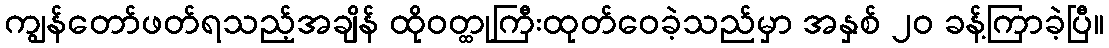
ကျွန်တော်ဖတ်ရသည့်အချိန် ထိုဝတ္ထုကြီးထုတ်ဝေခဲ့သည်မှာ အနှစ် ၂၀ ခန့်ကြာခဲ့ပြီ။